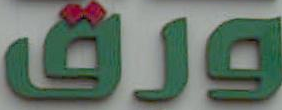
ورق